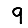
Digit: 9